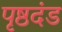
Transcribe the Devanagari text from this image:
पृष्ठदंड